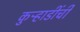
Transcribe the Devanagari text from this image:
कुऱ्हाडींची